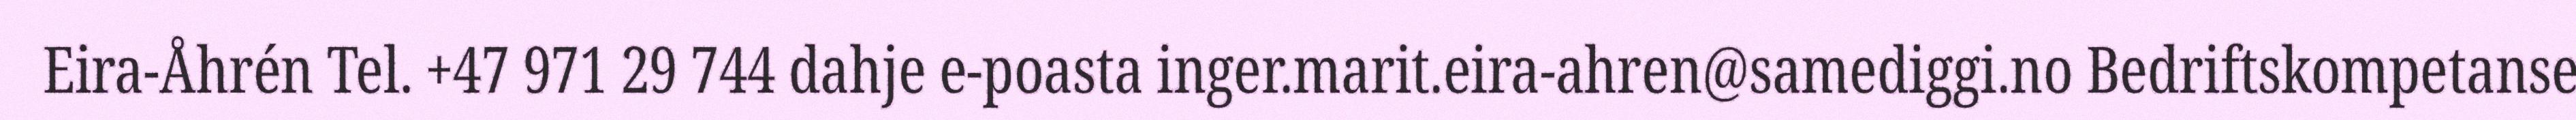
Eira-Åhrén Tel. +47 971 29 744 dahje e-poasta inger.marit.eira-ahren@samediggi.no Bedriftskompetanse